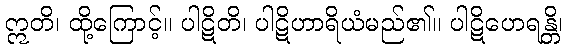
ဣတိ၊ ထို့ကြောင့်။ ပါဋိတိ၊ ပါဋိဟာရိယံမည်၏။ ပါဋိဟေရန္တိ၊